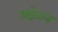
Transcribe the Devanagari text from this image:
उद्योतन